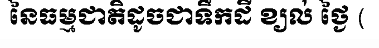
នៃធម្មជាតិដូចជាទឹកដី ខ្យល់ ថ្ងៃ (